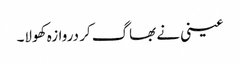
عینی نے بھاگ کر دروازہ کھولا۔